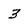
Character: 3